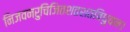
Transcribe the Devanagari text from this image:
निजवनरुचिजितशतशतविधुवन।